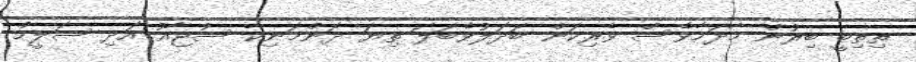
ތިތިބީ ބިރުން މާދަމާވެސް ވެރިކަން ބަދަލުވެބަލަ ތިޔަ ދޮންމަނިކާ ސުޖާއު އަދި ސަލީމް